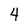
Character: 4